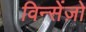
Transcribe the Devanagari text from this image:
विन्सेंज़ो